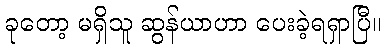
ခုတော့ မရှိသူ ဆွန်ယာဟာ ပေးခဲ့ရရှာပြီ။